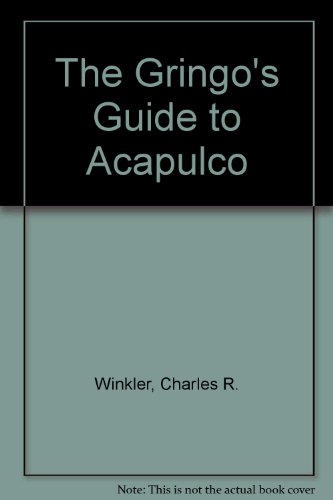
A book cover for The Gringo's Guide to Acapulco; Charles R. Winkler; Travel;